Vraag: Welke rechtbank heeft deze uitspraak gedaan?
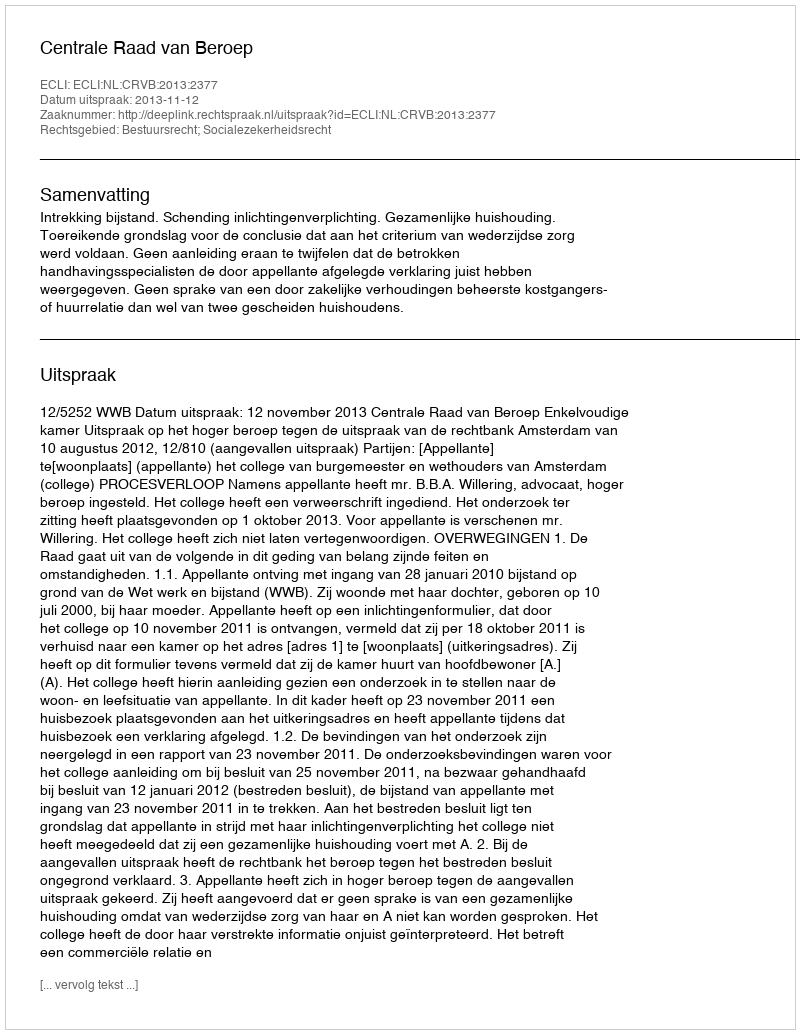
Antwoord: Centrale Raad van Beroep